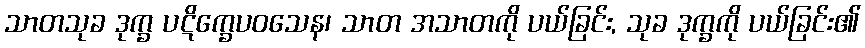
သာတသုခ ဒုက္ခ ပဋိက္ခေပဝသေန၊ သာတ အသာတကို ပယ်ခြင်း, သုခ ဒုက္ခကို ပယ်ခြင်း၏